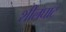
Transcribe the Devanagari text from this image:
शीलघाट